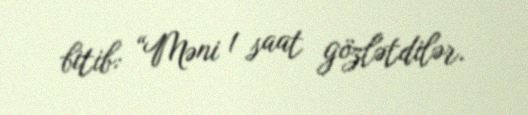
bitib: “Məni 1 saat gözlətdilər.